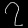
Digit: ၇